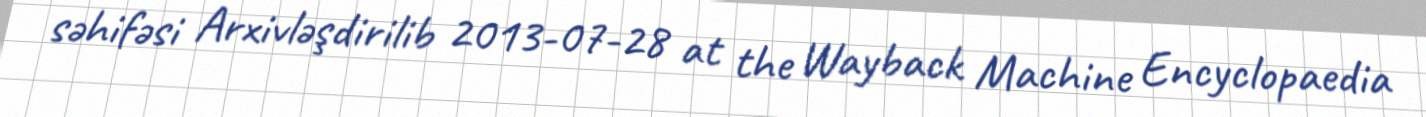
səhifəsi Arxivləşdirilib 2013-07-28 at the Wayback Machine Encyclopaedia